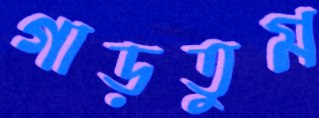
গাড়তুম